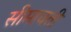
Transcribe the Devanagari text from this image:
सीमावती